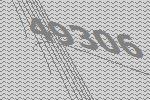
49306